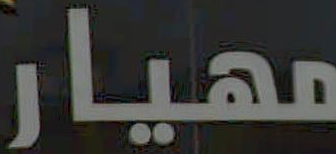
مهيار